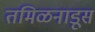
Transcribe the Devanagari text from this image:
तमिळनाडूस